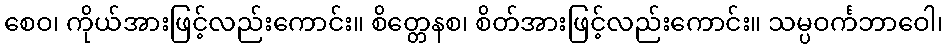
စေဝ၊ ကိုယ်အားဖြင့်လည်းကောင်း။ စိတ္တေနစ၊ စိတ်အားဖြင့်လည်းကောင်း။ သမ္ပဝင်္ကဘာဝေါ၊